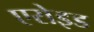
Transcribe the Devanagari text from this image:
एरोइड